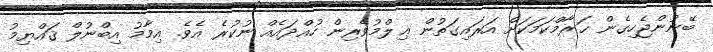
ބޭނުންޖެހިގެން ޙަރާމްކަމަކަށް އަރައިގަތުން ޢިލްމުވެރިން ހުއްދައެއް ނުކުރެ އެވެ. އިމާމު އިބްނުލް ޤައްޔިމު